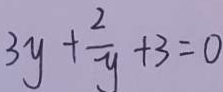
3 y + \frac { 2 } { y } + 3 = 0